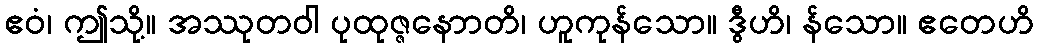
ဧဝံ၊ ဤသို့။ အဿုတဝါ ပုထုဇ္ဇနောာတိ၊ ဟူကုန်သော။ ဒွီဟိ၊ န်သော။ ဧတေဟိ